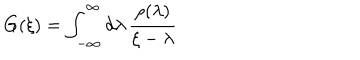
LaTeX: G ( \xi ) = \int _ { - \infty } ^ { \infty } d \lambda \, \frac { \rho ( \lambda ) } { \xi - \lambda }